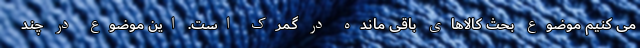
می کنیم موضوع بحث کالاهای باقی مانده در گمرک است. این موضوع در چند